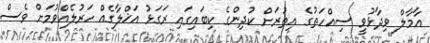
އާމާލް ވިދާޅުވީ ސިއްހަތުގެ އިތުރަށް ކުދިންގެ ކިބައިގައި ރަގަޅު އަޚްލާގެއް ހަރުލެއްވުމަށް ވެސް